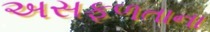
અસફળતાના